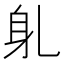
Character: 𬧠